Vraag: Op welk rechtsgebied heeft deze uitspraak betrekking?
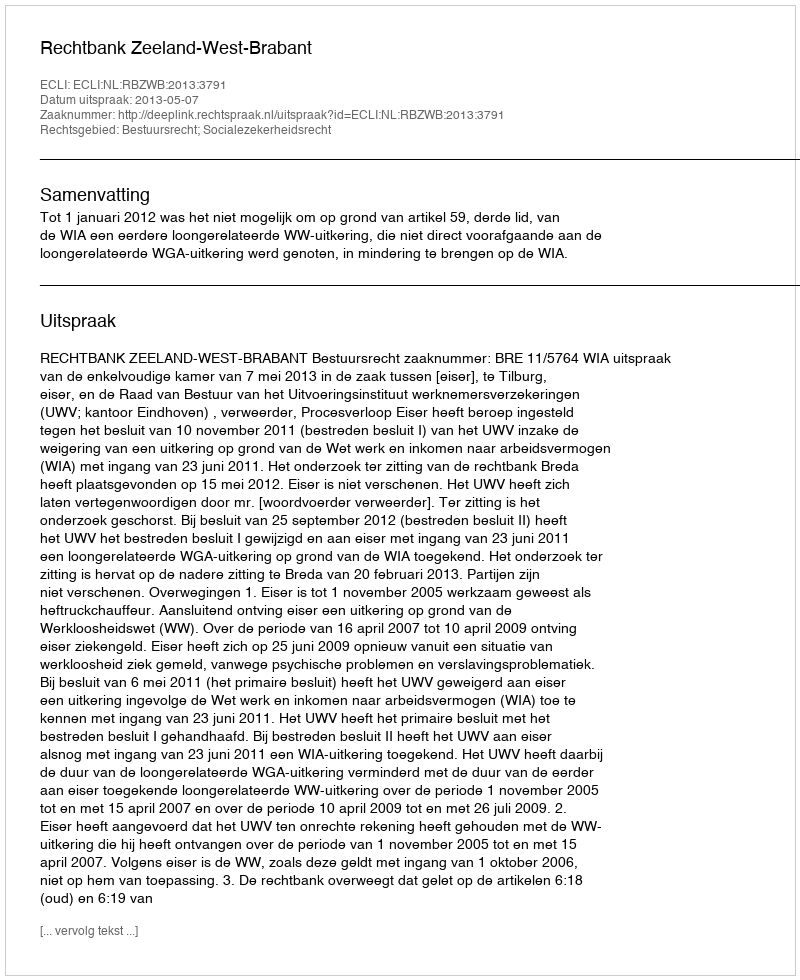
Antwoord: Bestuursrecht; Socialezekerheidsrecht